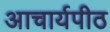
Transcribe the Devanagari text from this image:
अाचार्यपीठ